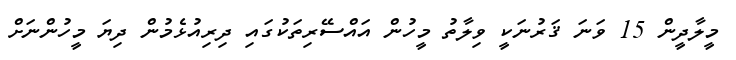
މީލާދީން 15 ވަނަ ޤަރުނަކީ ވިލާތު މީހުން އައްސޭރިތަކުގައި ދިރިއުޅެމުން ދިޔަ މީހުންނަށް